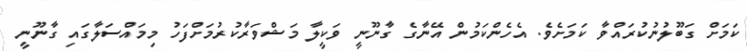
ކަމަަށް ގަބޫލުނުކުރައްވާ ކަމަށެވެ. އެހެންކަމުން އޭނާގެ ގާނޫނީ ވަކީލާ މަޝްވަރާކުރުމަށްފަހު މިމައްސަލާގައި ގާނޫނީ